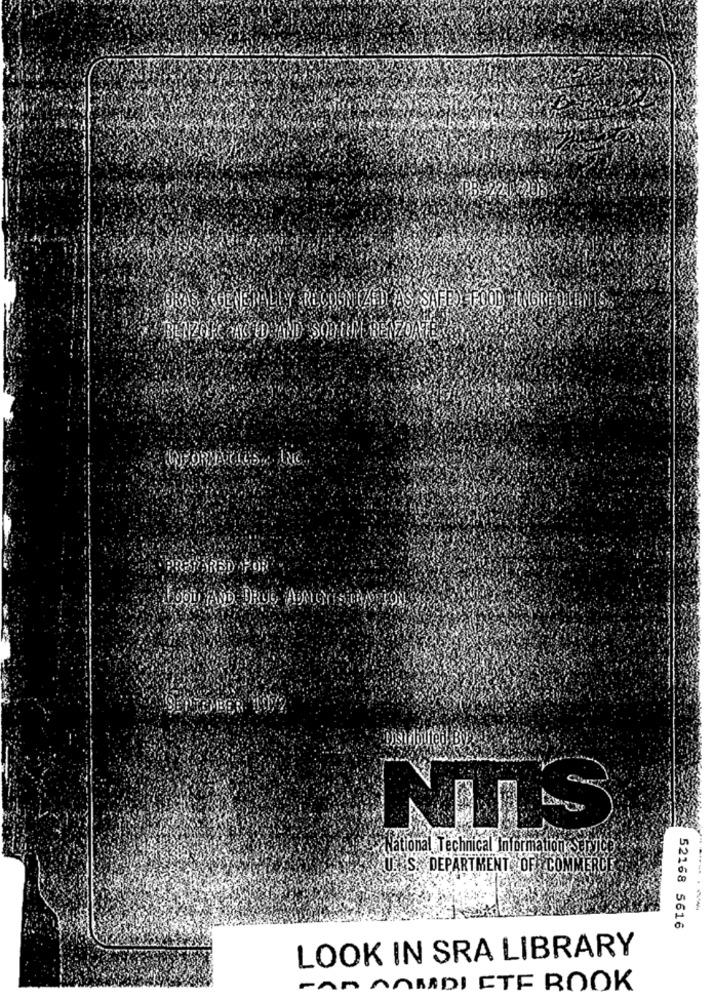
PB 720 208
OVAS YGENERALLY RECOGNIZED AS SAFE) FOOD -WHORE DI
BENZOIC ACID TID SODIUM BENZOATE
PREPARED FOR
LOOL YAND DRUG AUNGYIS HEAD TONS
NTIS
National Technical Information Suryo
U.S. DEPARTMENT OF COMMERCE
... .
52168 5616
LOOK IN SRA LIBRARY
FAN ANMDI ETE BOOK